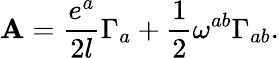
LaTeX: {\sf\mathbf{A}}=\frac{{e^{a}}}{{2l}}\Gamma_{a}+\frac{{1}}{{2}}\omega^{ab}\Gamma_{ab}.